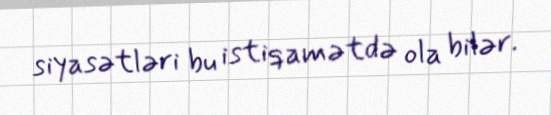
siyasətləri bu istiqamətdə ola bilər.